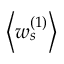
\left< w _ { s } ^ { ( 1 ) } \right>